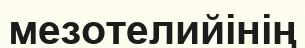
мезотелийінің